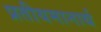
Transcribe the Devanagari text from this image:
प्रतीयमानार्थ